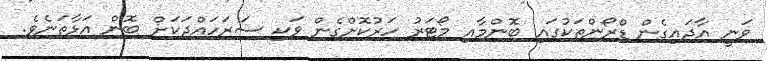
ވަނީ އާދައިގެން ޑްރޯންތަކުގައި ބޮންމާާއި މޯޓަރު ހަރުކޮށްގެން ވަކި ސަރަހައްދަކަށް ބޮން އަޅާތަނެވެ.